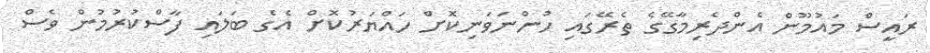
ރައީސް މައުމޫން އެންދެރިމާގޭގެ ތެރޭގައި ހުންނަވަނިކޮށް ހައްޔަރުކޮށް އެގެ ބަލައި ފާސްކުރުމުން ވެސް